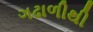
ગઢાળીથી